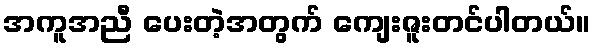
အကူအညီ ပေးတဲ့အတွက် ကျေးဇူးတင်ပါတယ်။